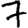
Digit: 7